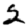
Digit: 2